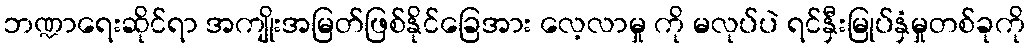
ဘဏ္ဍာရေးဆိုင်ရာ အကျိုးအမြတ်ဖြစ်နိုင်ခြေအား လေ့လာမှု ကို မလုပ်ပဲ ရင်နှီးမြုပ်နှံမှုတစ်ခုကို